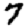
Digit: 7